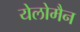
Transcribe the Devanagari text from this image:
येलोमैन